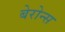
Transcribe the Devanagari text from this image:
बेरोन्स